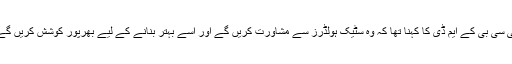
پی سی بی کے ایم ڈی کا کہنا تھا کہ وہ سٹیک ہولڈرز سے مشاورت کریں گے اور اسے بہتر بنانے کے لیے بھرپور کوشش کریں گے۔